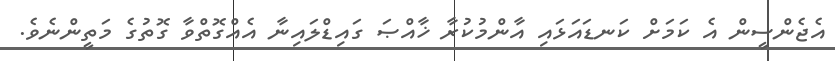
އެޖެންސީން އެ ކަމަށް ކަނޑައަޅައި އާންމުކުރާ ޚާއްޞަ ގައިޑްލައިނާ އެއްގޮތްވާ ގޮތުގެ މަތީންނެވެ.